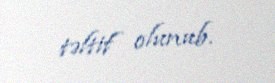
təltif olunub.